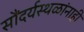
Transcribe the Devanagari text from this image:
सौंदर्यस्थळांनाही